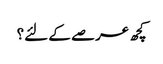
کچھ عرصے کے لئے؟